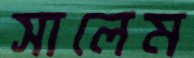
সালেম